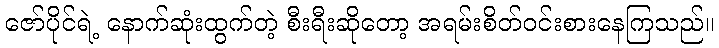
ဇော်ပိုင်ရဲ့ နောက်ဆုံးထွက်တဲ့ စီးရီးဆိုတော့ အရမ်းစိတ်ဝင်းစားနေကြသည်။